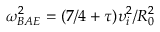
\omega _ { B A E } ^ { 2 } = ( 7 / 4 + \tau ) \upsilon _ { i } ^ { 2 } / R _ { 0 } ^ { 2 }